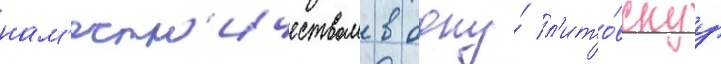
нам'естн'ичеством в одну́ л'ито́вскуу